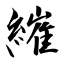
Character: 繀